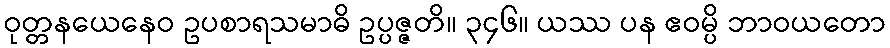
ဝုတ္တနယေနေဝ ဥပစာရသမာဓိ ဥပ္ပဇ္ဇတိ။ ၃၄၆။ ယဿ ပန ဧဝမ္ပိ ဘာဝယတော